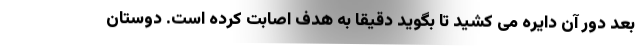
بعد دور آن دایره می کشید تا بگوید دقیقا به هدف اصابت کرده است. دوستان